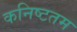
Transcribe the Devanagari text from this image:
कनिष्टतम